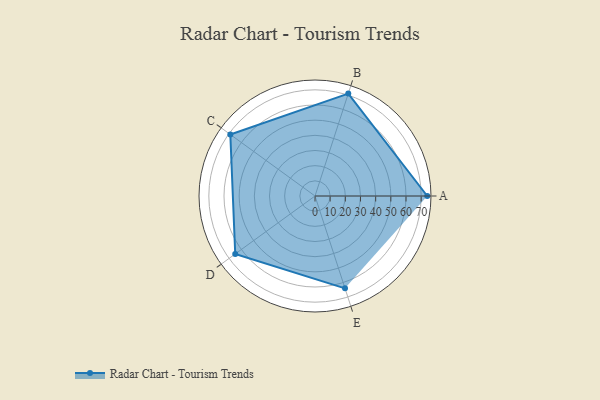
{"axis": {"x": "Skill", "y": "Score"}, "legend": ["Profile"], "data": [{"x": "A", "y": 74.0, "type": "Profile"}, {"x": "B", "y": 71.0, "type": "Profile"}, {"x": "C", "y": 69.0, "type": "Profile"}, {"x": "D", "y": 65.0, "type": "Profile"}, {"x": "E", "y": 64.0, "type": "Profile"}]}